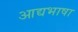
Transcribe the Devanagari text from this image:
आद्यभाषा